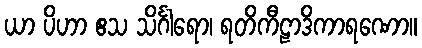
ယာ ပိဟာ ဧသ သိင်္ဂါရော၊ ရတိကီဠာဒိကာရဏော။